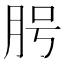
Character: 𦚊